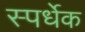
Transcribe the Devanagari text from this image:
स्पर्धेक